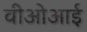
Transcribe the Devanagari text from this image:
वीओआई